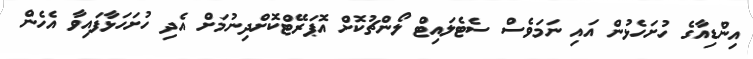
އިންޑިއާގެ ހުށަހެޅުން އައި ނަމަވެސް ސެޓެލައިޓް ލޯންޗުކޮށް އޮޕަރޭޓްކޮށްދިނުމަށް އެދި ހުށަހަޅާފައިވާ އެހެން